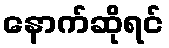
နောက်ဆိုရင်